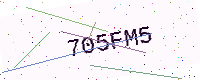
Text: 705FM5